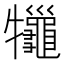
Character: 𤜓